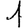
Digit: 1